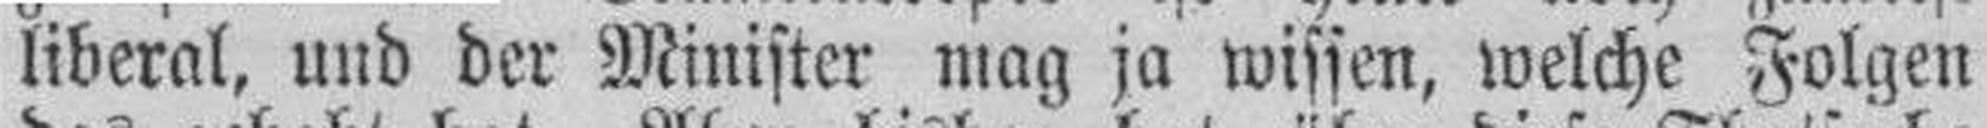
liberal, und der Minister mag ja wissen, welche Folgen